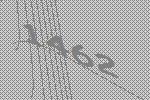
1462